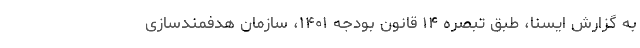
به گزارش ایسنا، طبق تبصره ۱۴ قانون بودجه ۱۴۰۱، سازمان هدفمندسازی